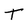
Character: T